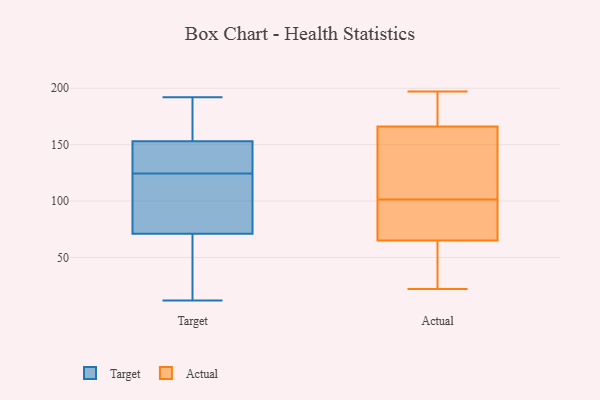
{"axis": {"x": "Market Share (%)", "y": "Value"}, "legend": ["Actual", "Target"], "data": [{"x": "", "y": 71, "type": "Target"}, {"x": "", "y": 74, "type": "Target"}, {"x": "", "y": 174, "type": "Target"}, {"x": "", "y": 127, "type": "Target"}, {"x": "", "y": 52, "type": "Target"}, {"x": "", "y": 161, "type": "Target"}, {"x": "", "y": 134, "type": "Target"}, {"x": "", "y": 12, "type": "Target"}, {"x": "", "y": 117, "type": "Target"}, {"x": "", "y": 19, "type": "Target"}, {"x": "", "y": 153, "type": "Target"}, {"x": "", "y": 123, "type": "Target"}, {"x": "", "y": 98, "type": "Target"}, {"x": "", "y": 141, "type": "Target"}, {"x": "", "y": 158, "type": "Target"}, {"x": "", "y": 192, "type": "Target"}, {"x": "", "y": 43, "type": "Target"}, {"x": "", "y": 126, "type": "Target"}, {"x": "", "y": 177, "type": "Actual"}, {"x": "", "y": 58, "type": "Actual"}, {"x": "", "y": 65, "type": "Actual"}, {"x": "", "y": 197, "type": "Actual"}, {"x": "", "y": 39, "type": "Actual"}, {"x": "", "y": 22, "type": "Actual"}, {"x": "", "y": 77, "type": "Actual"}, {"x": "", "y": 118, "type": "Actual"}, {"x": "", "y": 166, "type": "Actual"}, {"x": "", "y": 157, "type": "Actual"}, {"x": "", "y": 168, "type": "Actual"}, {"x": "", "y": 155, "type": "Actual"}, {"x": "", "y": 77, "type": "Actual"}, {"x": "", "y": 85, "type": "Actual"}]}